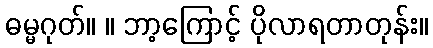
ဓမ္မဂုတ်။ ။ ဘာ့ကြောင့် ပိုလာရတာတုန်း။